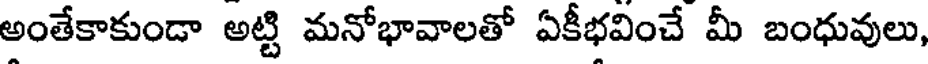
అంతేకాకుండా అట్టి మనోభావాలతో ఏకీభవించే మీ బంధువులు,